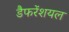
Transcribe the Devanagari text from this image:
डैफरेंशयल